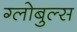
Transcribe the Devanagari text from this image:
ग्लोबुल्स